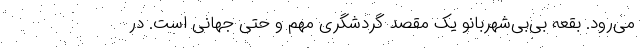
می‌رود. بقعه بی‌بی‌شهربانو یک مقصد گردشگری مهم و حتی جهانی است. در